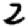
Digit: 2